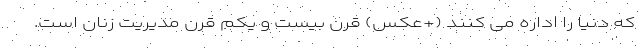
که دنیا را اداره می کنند (+عکس) قرن بیست و یکم قرن مدیریت زنان است.